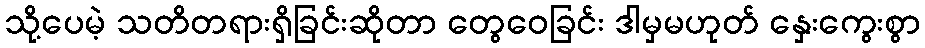
သို့ပေမဲ့ သတိတရားရှိခြင်းဆိုတာ တွေဝေခြင်း ဒါမှမဟုတ် နှေးကွေးစွာ